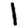
Digit: 1